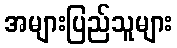
အများပြည်သူများ